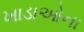
ખાડાઓના